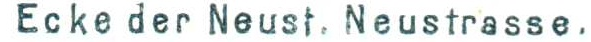
Ecke der Neust. Neustrasse.